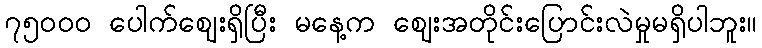
၇၅၀၀၀ ပေါက်ဈေးရှိပြီး မနေ့က ဈေးအတိုင်းပြောင်းလဲမှုမရှိပါဘူး။